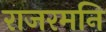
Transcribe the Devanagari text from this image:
राजरमनि